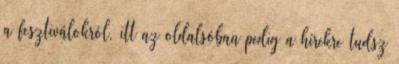
a fesztiválokról, itt az oldalsóban pedig a hírekre tudsz